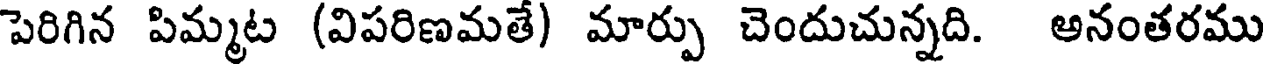
పెరిగిన పిమ్మట (విపరిణమతే) మార్పు చెందుచున్నది. అనంతరము